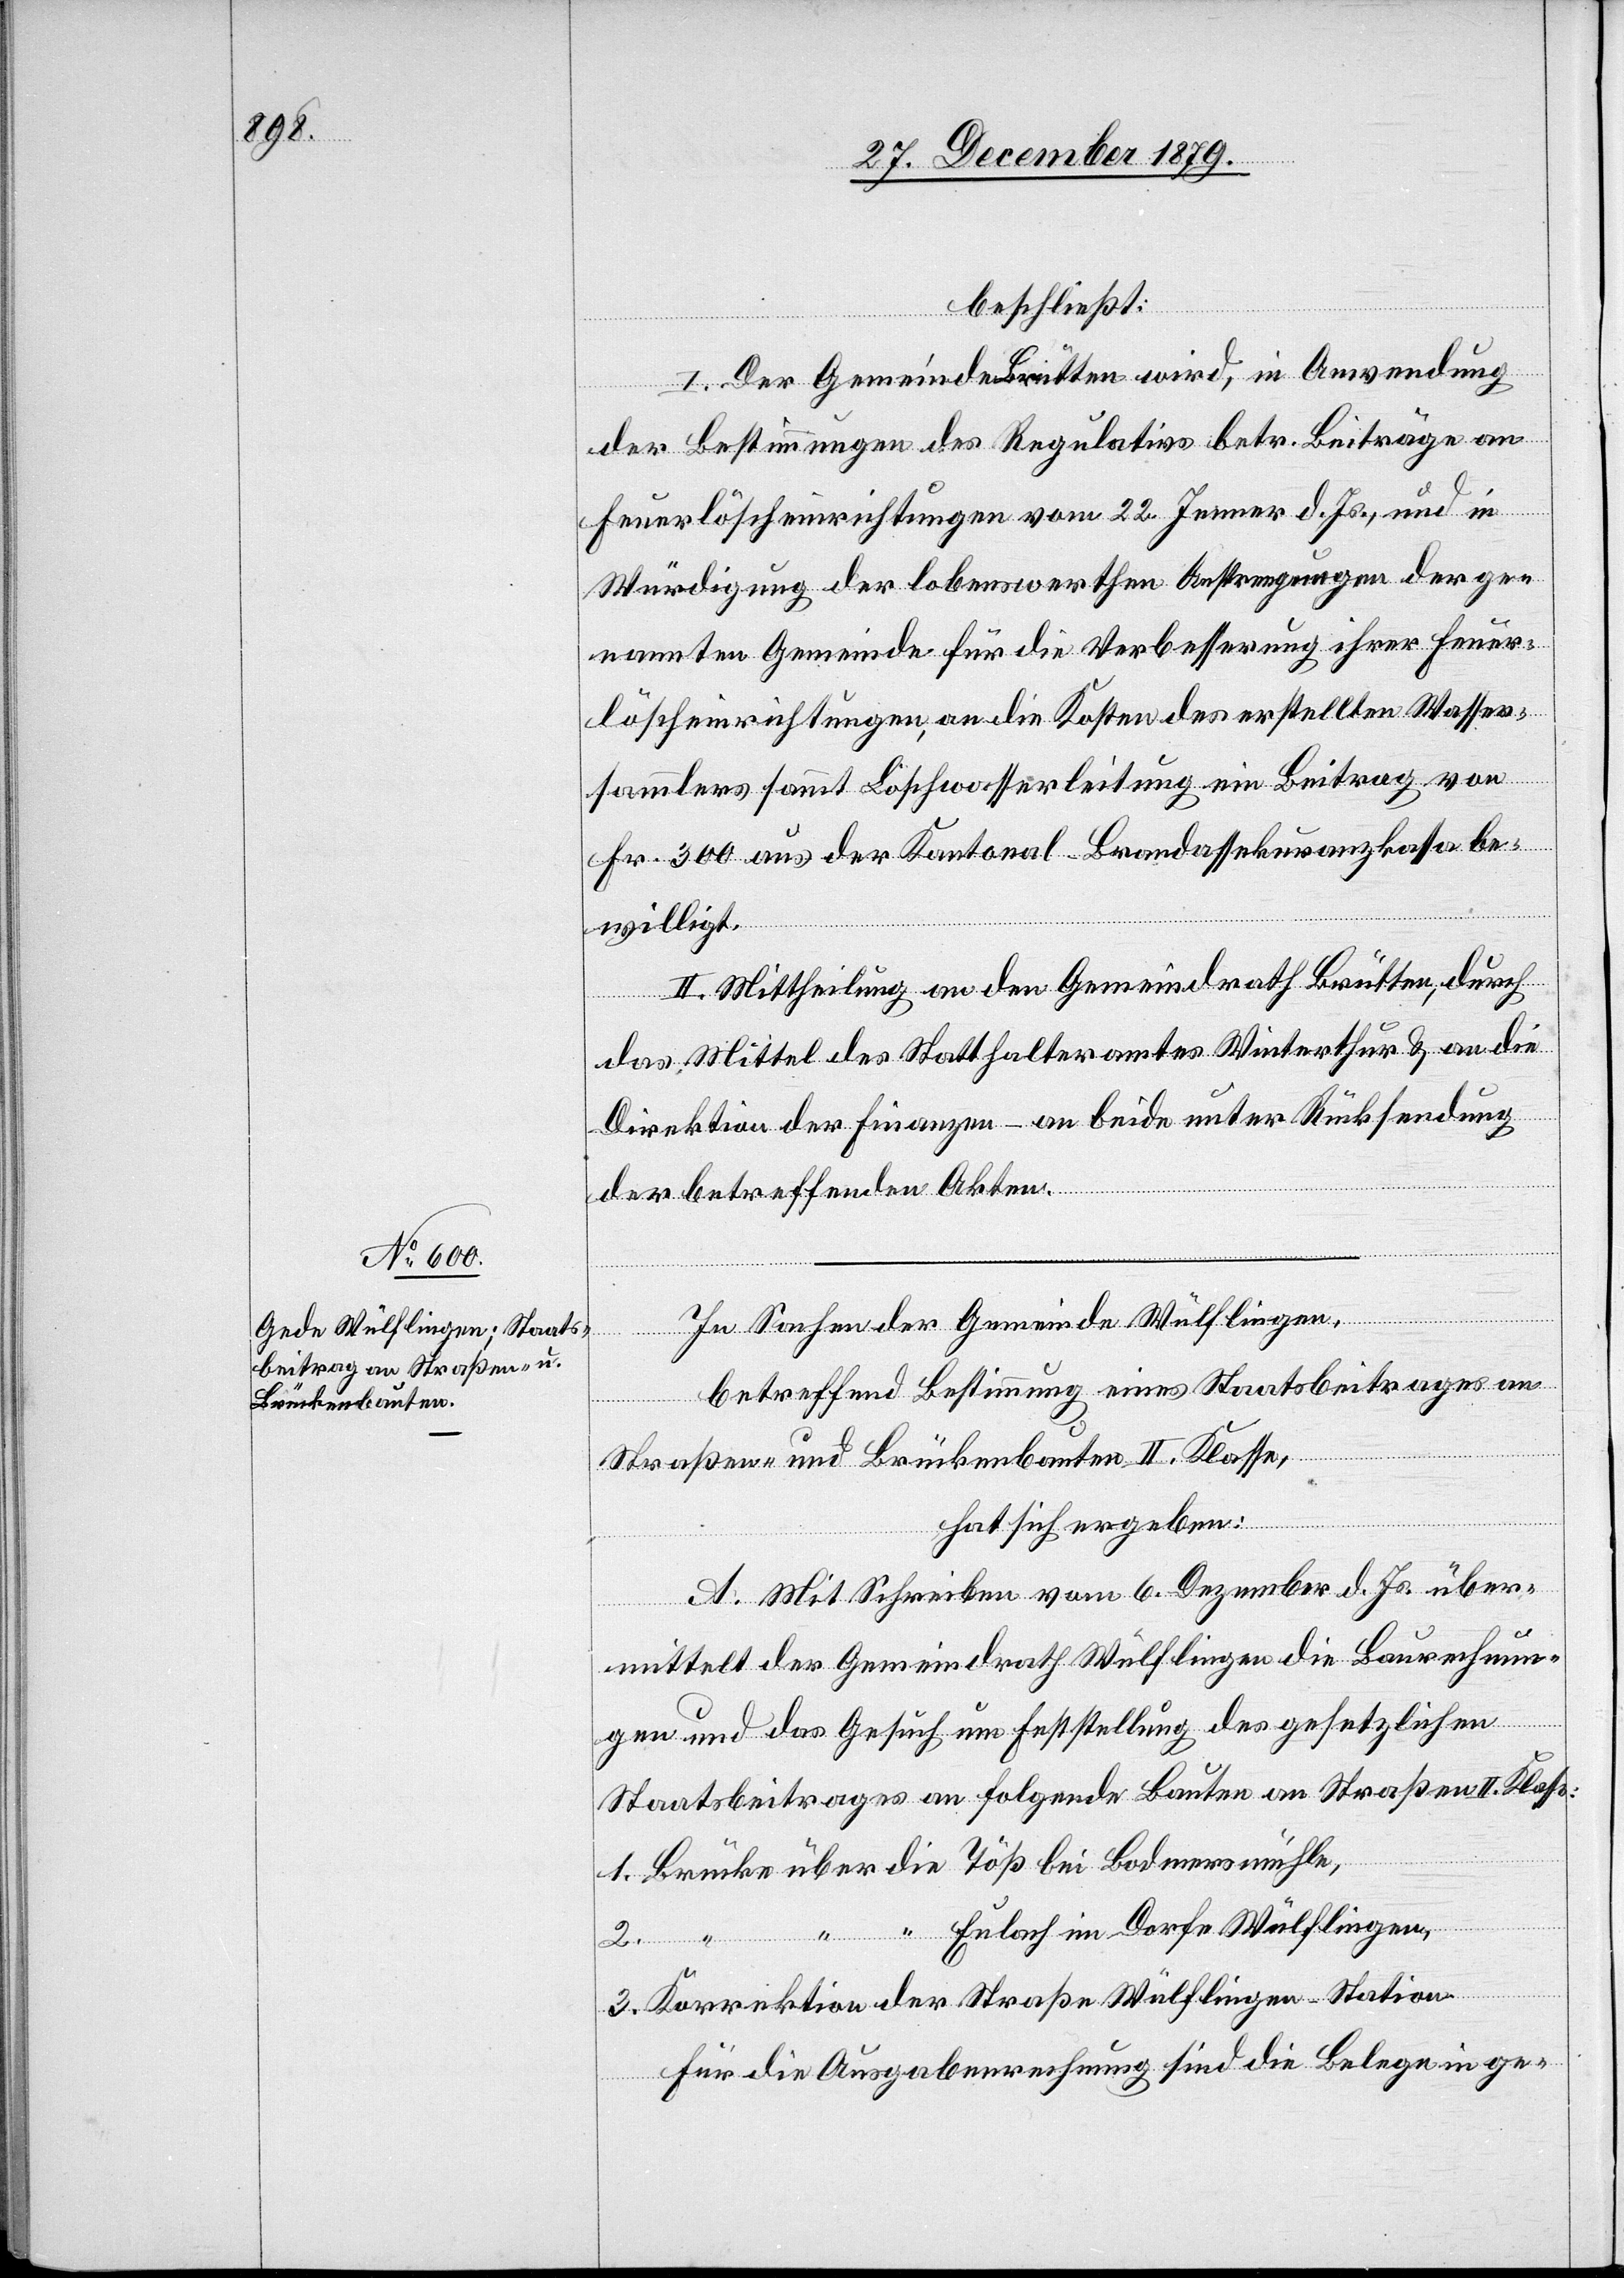
beschließt:
I. Der Gemeinde Brütten wird, in Anwendung
der Bestimmungen des Regulativs betr. Beiträge an
Feuerlöscheinrichtungen vom 22. Jenner d. Js., und in
Würdigung der lobenswerthen Anstrengungen der ge¬
nannten Gemeinde für die Verbesserung ihrer Feuer¬
löscheinrichtungen an die Kosten des erstellten Wasser¬
sammlers sammt Löschwasserleitung ein Beitrag von
Fr. 300 aus der Kantonal-Brandassekuranzkassa be¬
willigt.
II. Mittheilung an den Gemeindrath Brütten, durch
das Mittel des Statthalteramtes Winterthur & an die
die
Direktion der Finanzen – an beide unter Rücksendung
der betreffenden Akten.
mühle,
In Sachen der Gemeinde Wülflingen,
betreffend Bestimmung eines Staatsbeitrages an
Straßen- und Brückenbauten II. Klasse,
hat sich ergeben:
A. Mit Schreiben vom 6. Dezember d. Js. über¬
3.
mittelt der Gemeindrath Wülflingen die Baurechnun¬
gen und das Gesuch um Erstellung des gesetzlichen
Staatsbeitrages an folgende Bauten an Straßen II. Klasse:
Eulach im Dorfe Wülflingen,
Bodmers¬
bei
Korrektion der Straße Wülflingen–Station
für die Ausgabenrechnung sind die Belege in ge-

“